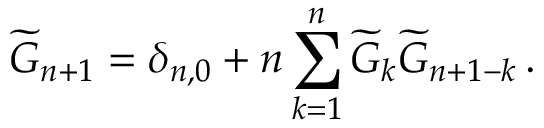
\widetilde { G } _ { n + 1 } = \delta _ { n , 0 } + n \sum _ { k = 1 } ^ { n } \widetilde { G } _ { k } \widetilde { G } _ { n + 1 - k } \, .